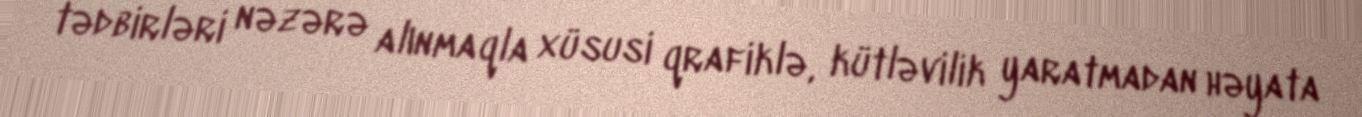
tədbirləri nəzərə alınmaqla xüsusi qrafiklə, kütləvilik yaratmadan həyata